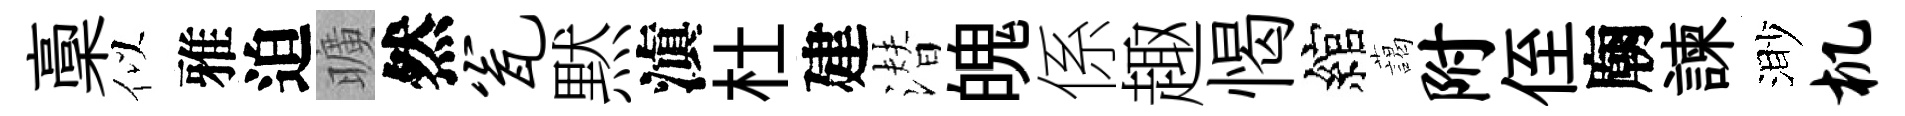
稾似雅迫曠然瓮黙滇杜建潜魄係趣愒綰藹附侄廟諫渺机